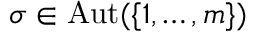
\sigma \in \operatorname { A u t } ( \{ 1 , \dots , m \} )